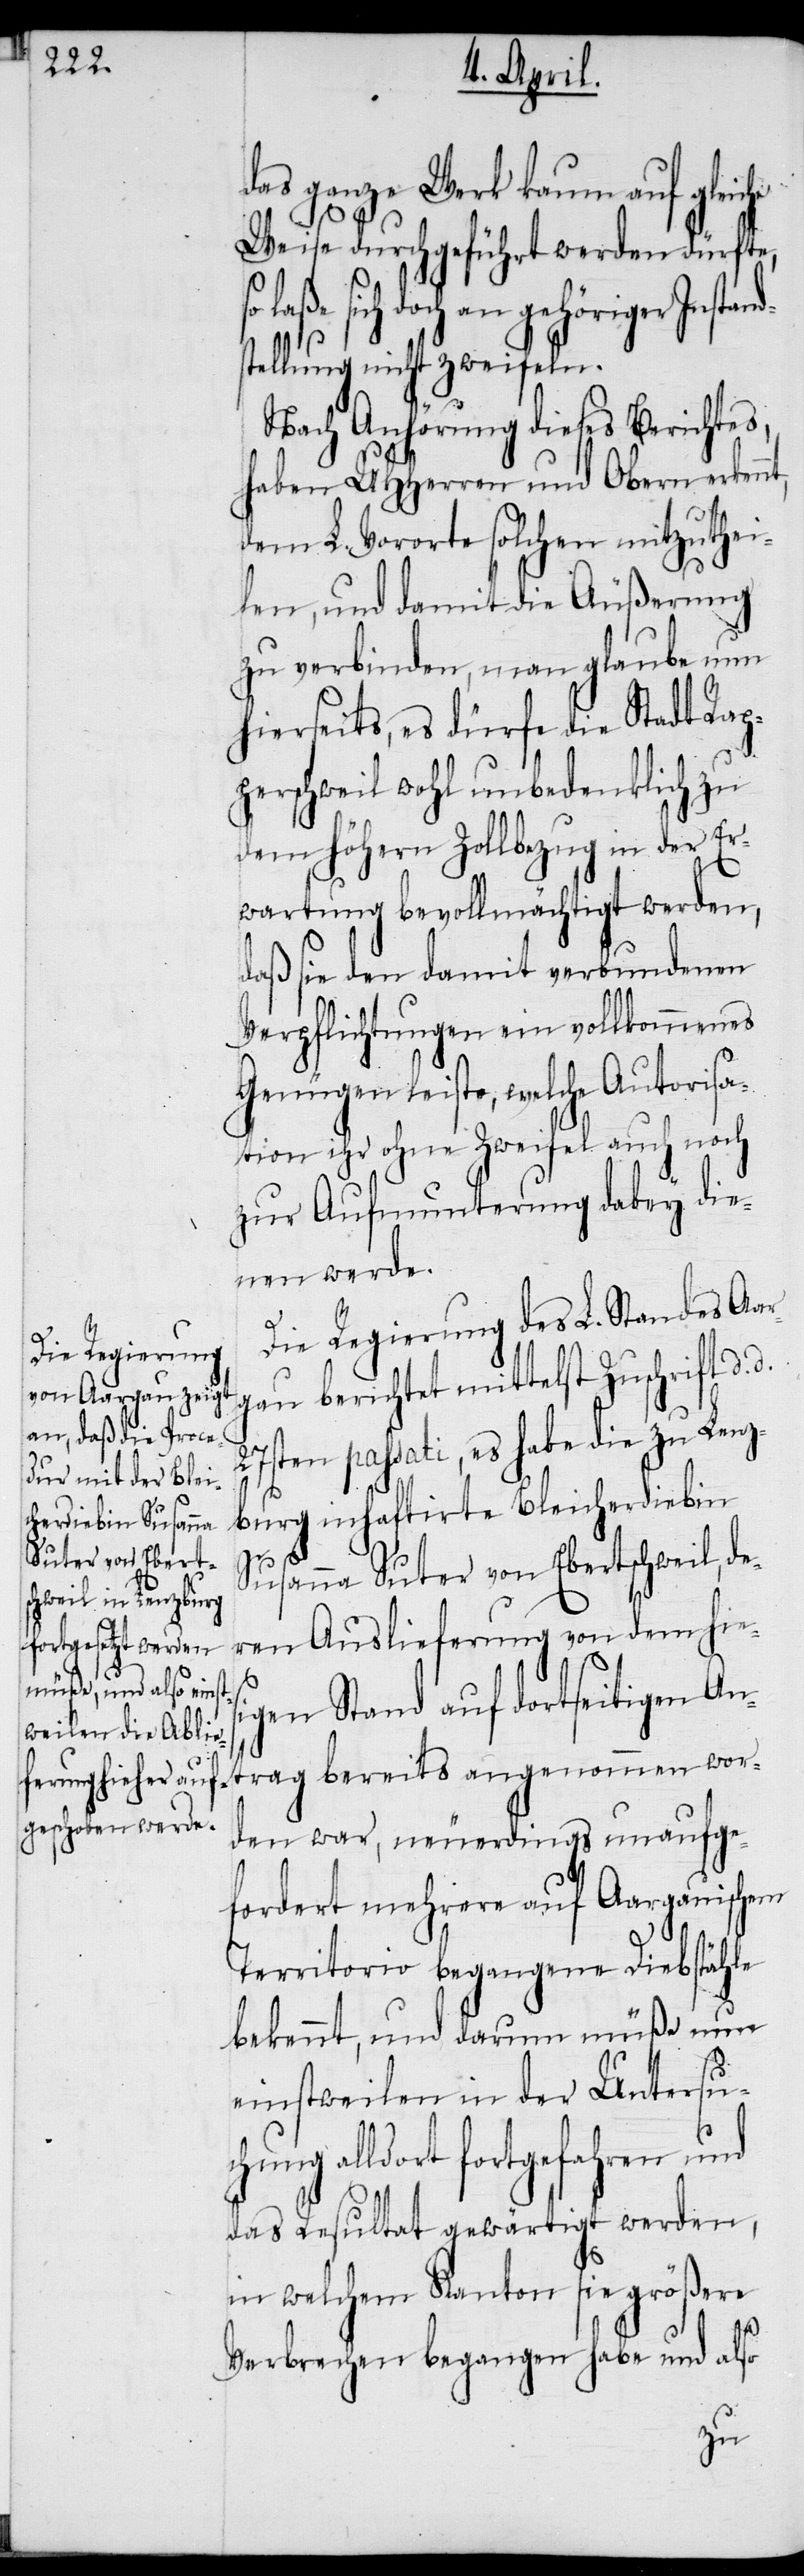
nt,

das ganze Werk kaum auf
Weise durchgeführt werden dürfte,
sich doch an gehöriger Insta¬
tellung nicht zweifeln.
Nach Anhörung dieses Berichtes,
haben UHHerren und Obern erken¬
dem L. Vororte solchen mitzuthei¬
len, und damit die Äußerung
zu verbinden, man glaube nun
hierseits, es dürfe die Stadt Rap¬
perschweil wohl unbedenklich zu
dem höhern Zollbezug in der Er¬
wartung bevollmächtigt werden,
daß sie den damit verbundenen
Verpflichtungen ein vollkommenes
Genügen leiste, welche Autorisa¬
tion ihr ohne Zweifel auch noch
zur Aufmunterung dabey die¬
nen werde.
Die Regierung des L. Standes Aar¬
gau berichtet mittelst Zuschrift d.
27sten passati, es habe die zu Lenz¬
burg inhaftirte Bleicherdiebin
Susanna Suter von Ebertschweil, de¬
ren Auslieferung von dem hies¬
igen Stand auf dortseitigen An¬
trag bereits angenommen wor¬
den war, neuerdings unaufge¬
fordert mehrere auf Aargauischem
Territorio begangene Diebstähle
bekennt, und darum müße nun
einstweilen in der Untersuc¬
alldort fortgefahren und
das Resultat gewärtigt werden,
in welchem Kanton sie größere
Verbrechen begangen habe und also
hung